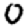
Digit: 0